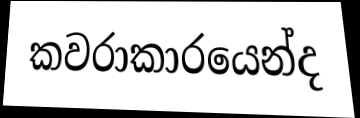
කවරාකාරයෙන්ද